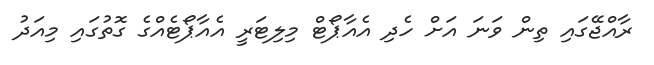
ރާއްޖޭގައި ތިން ވަނަ އަށް ހެދި އެއާޕޯޓް މިލިޓަރީ އެއާޕޯޓެއްގެ ގޮތުގައި މިއަދު